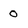
Character: 0